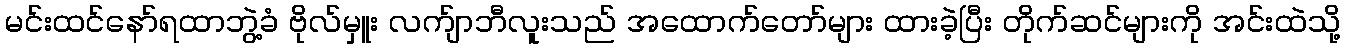
မင်းထင်နော်ရထာဘွဲ့ခံ ဗိုလ်မှူး လက်ျာဘီလူးသည် အထောက်တော်များ ထားခဲ့ပြီး တိုက်ဆင်များကို အင်းထဲသို့